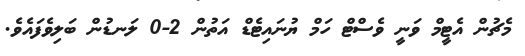
މެޗުން އެޓީމް ވަނީ ވެސްޓް ހަމް ޔުނައިޓެޑް އަތުން 2-0 ލަނޑުން ބަލިވެފައެވެ.